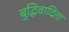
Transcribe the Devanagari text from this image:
बुद्धिवादिता